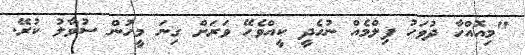
"މިއޮއްހާ ދުވަހު ފިލްްމެއް ނުހެދީ ކީއްވެހޭ ވަރަށް ގިނަ މީހުން ސުވާލު ކުރޭ.